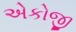
એકોજી